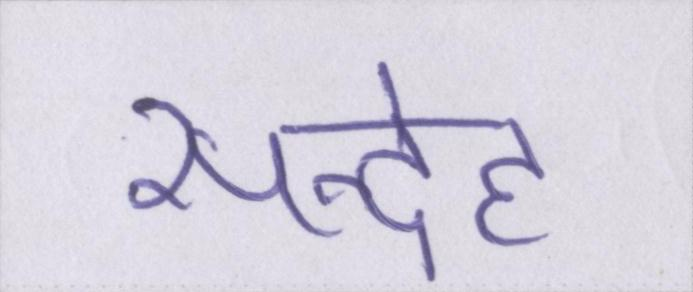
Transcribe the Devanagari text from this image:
सन्देह